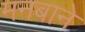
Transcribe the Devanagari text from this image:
मनबाने